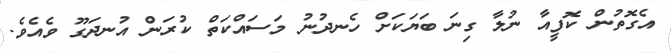
އެގޮތުން ކޮފީއާ ނުލާ ގިނަ ބަޔަކަށް ހެނދުނު މަސައްކަތް ކުރަން އުނދަގޫ ވެއެެވެ.